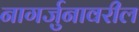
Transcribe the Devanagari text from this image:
नागर्जुनावरील